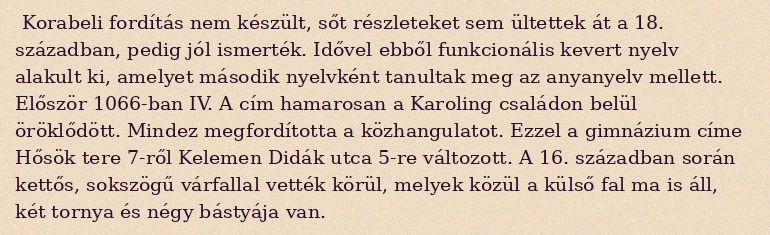
Korabeli fordítás nem készült, sőt részleteket sem ültettek át a 18. században, pedig jól ismerték. Idővel ebből funkcionális kevert nyelv alakult ki, amelyet második nyelvként tanultak meg az anyanyelv mellett. Először 1066-ban IV. A cím hamarosan a Karoling családon belül öröklődött. Mindez megfordította a közhangulatot. Ezzel a gimnázium címe Hősök tere 7-ről Kelemen Didák utca 5-re változott. A 16. században során kettős, sokszögű várfallal vették körül, melyek közül a külső fal ma is áll, két tornya és négy bástyája van.